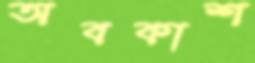
অবকাশ